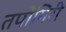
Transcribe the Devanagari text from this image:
तपोगिरी